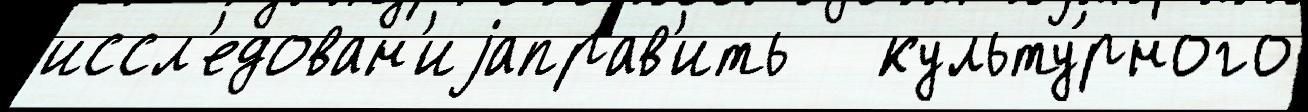
иссл'едован'иjаправ'ить   культу́рного